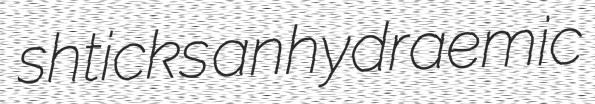
shticks anhydraemic